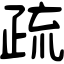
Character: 疏